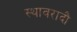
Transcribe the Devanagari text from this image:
स्थावरादौ